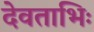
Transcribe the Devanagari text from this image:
देवताभिः